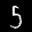
Label: 5